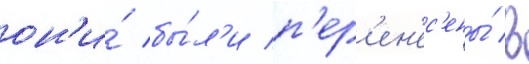
он'и́ бы́л'и п'ер'ен'ес'ены́ в